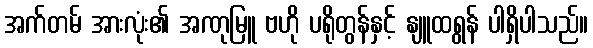
အက်တမ် အားလုံး၏ အဏုမြူ ဗဟို ပရိုတွန်နှင့် နျူထရွန် ပါရှိပါသည်။